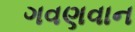
ગવણવાન